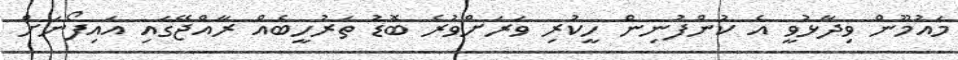
މައުމޫން ވިދާޅުވީ އެ ކުންފުނިން ހީކުރި ވަރަށްވުރެ ބޮޑު ތަރުހީބެއް ރާއްޖޭގައި އައިފޯނަށް